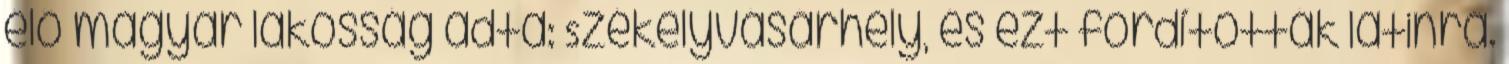
élő magyar lakosság adta: Székelyvásárhely, és ezt fordították latinra.